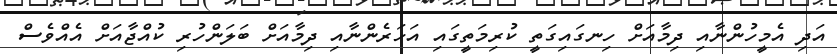
އަދި އެމީހުންނާއި ދިމާއަށް ހިނގައިގަތީ ކުރިމަތީގައި އަހަރެންނާއި ދިމާއަށް ބަލަންހުރި ކުއްޖާއަށް އެއްވެސް